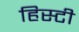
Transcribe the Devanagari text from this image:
हिस्टी